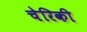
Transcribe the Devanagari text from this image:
चेरिकी